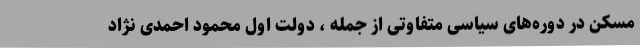
مسکن در دوره‌های سیاسی متفاوتی از جمله ، دولت اول محمود احمدی نژاد